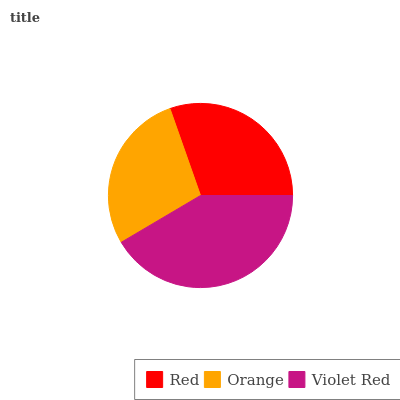
| Red | Orange | Violet Red |
 | --- | --- | --- |
 | 30.4% | 28.1% | 41.5% |